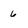
Character: 6